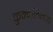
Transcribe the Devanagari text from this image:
कुन्दलिनीय